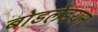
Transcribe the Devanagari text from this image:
बोडलेइयन